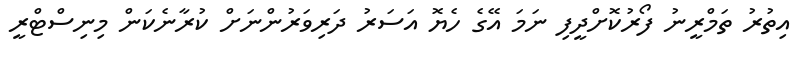
އިތުރު ތަމްރީނު ފޯރުކޮށްދީފި ނަމަ އޭގެ ހެޔޮ އަސަރު ދަރިވަރުންނަށް ކުރާނެކަން މިނިސްޓްރީ